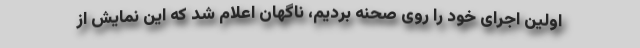
اولین اجرای خود را روی صحنه بردیم، ناگهان اعلام شد که این نمایش از